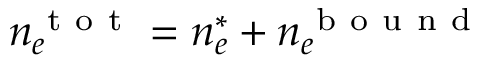
n _ { e } ^ { \mathrm { ~ t ~ o ~ t ~ } } = n _ { e } ^ { * } + n _ { e } ^ { \mathrm { ~ b ~ o ~ u ~ n ~ d ~ } }